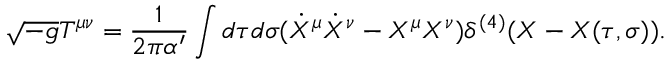
\sqrt { - g } T ^ { \mu \nu } = \frac { 1 } { 2 \pi \alpha ^ { \prime } } \int d \tau d \sigma ( \dot { X } ^ { \mu } \dot { X } ^ { \nu } - X ^ { \mu } X ^ { \nu } ) \delta ^ { ( 4 ) } ( X - X ( \tau , \sigma ) ) .